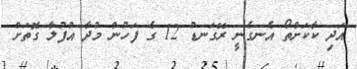
އަދި ކާކަށްތޯ އެނގެނީ ރޭގަނޑު 12 ގެ ފަހުން މުދާ އުފުލާ ގޮތަށް